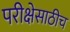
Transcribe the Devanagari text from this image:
परीक्षेसाठीच